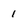
Character: 1